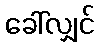
ခေါ်လျှင်